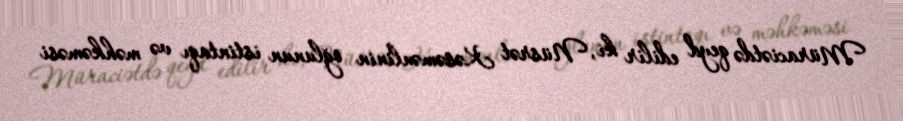
Müraciətdə qeyd edilir ki, Nüsrət Kəsəmənlinin oğlunun istintaqı və məhkəməsi